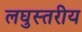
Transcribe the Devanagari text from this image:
लघुस्तरीय